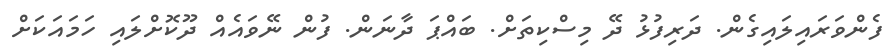
ފެންވަރައިލައިގެން. ދަރިފުޅު ދޭ މިސްކިތަށް. ބައްޕަ ދާނަން. ފުން ނޭވައެއް ދޫކޮށްލައި ހަމައަކަށް